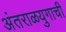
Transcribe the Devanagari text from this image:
अंतराळयुगाची